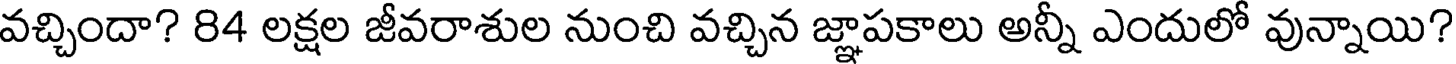
వచ్చిందా? 84 లక్షల జీవరాశుల నుంచి వచ్చిన జ్ఞాపకాలు అన్నీ ఎందులో వున్నాయి?